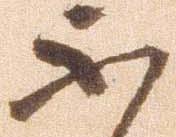
不